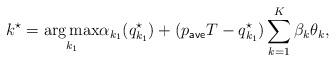
LaTeX: \begin{align*}k^{\star} = \underset{k_1}{\arg \max} \alpha_{k_1} (q_{k_1}^{\star}) + (p_{\sf ave} T - q_{k_1}^{\star}) \sum \limits_{k=1}^K \beta_k \theta_k, \end{align*}